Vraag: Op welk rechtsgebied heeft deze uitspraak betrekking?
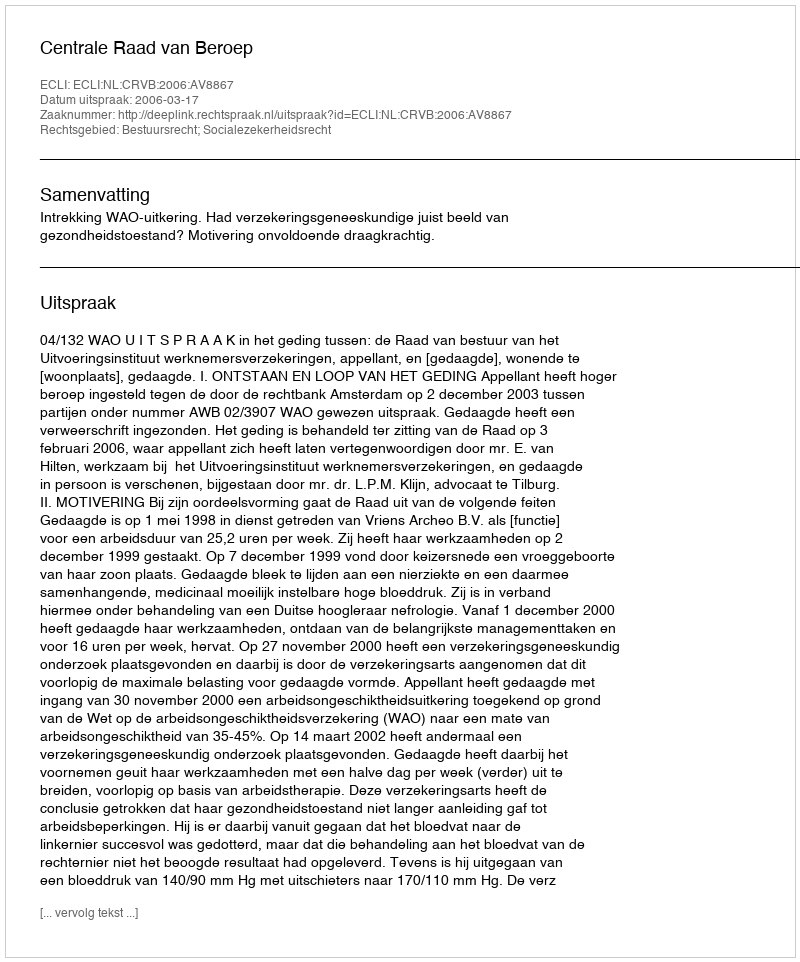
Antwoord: Bestuursrecht; Socialezekerheidsrecht